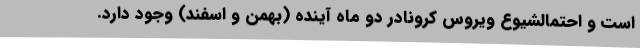
است و احتمالشیوع ویروس کرونادر دو ماه آینده (بهمن و اسفند) وجود دارد.